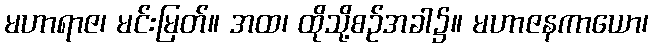
မဟာရာဇ၊ မင်းမြတ်။ အထ၊ ထိုသို့စဉ်အခါ၌။ မဟာဇနကာယော၊